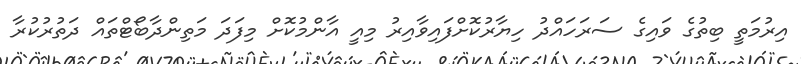
އިރުމަތީ ބިތުގެ ވައިގެ ސަރަހައްދު ހިޔާރުކޮށްފައިވާއިރު މިއީ އާންމުކޮށް މިފަދަ މަތިންދާބޯޓްތައް ދަތުރުކުރާ